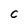
Character: C